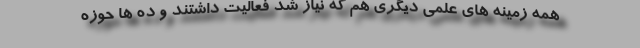
همه زمینه های علمی دیگری هم که نیاز شد فعالیت داشتند و ده ها حوزه